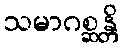
သမာဂစ္ဆန္တိ